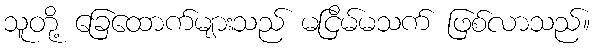
သူတို့ ခြေထောက်များသည် မငြိမ်မသက် ဖြစ်လာသည်။